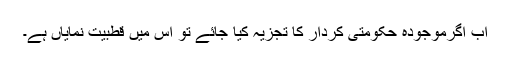
اب اگرموجودہ حکومتی کردار کا تجزیہ کیا جائے تو اس میں قطبیت نمایاں ہے۔